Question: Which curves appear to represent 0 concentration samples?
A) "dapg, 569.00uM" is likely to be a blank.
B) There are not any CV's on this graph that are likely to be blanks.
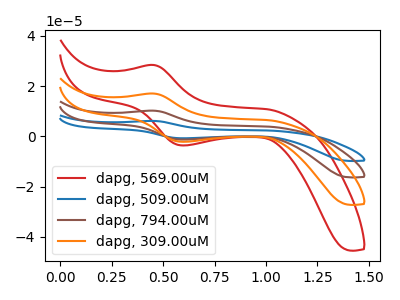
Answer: <think>The red curve "dapg, 569.00uM" has an anodic peak at (0.45V, 28.35uA) and a cathodic peak at (0.60V, -3.65uA). The blue curve "dapg, 509.00uM" has an anodic peak at (0.45V, 51.05uA) and a cathodic peak at (0.60V, -6.55uA). The brown curve "dapg, 794.00uM" has an anodic peak at (0.45V, 34.05uA) and a cathodic peak at (0.60V, -4.35uA). The orange curve "dapg, 309.00uM" has an anodic peak at (0.45V, 17.00uA) and a cathodic peak at (0.60V, -2.20uA).</think>
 <answer>B) There are not any CV's on this graph that are likely to be blanks.</answer>
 <eval>B</eval>